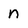
Character: n